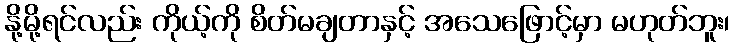
နို့မို့ရင်လည်း ကိုယ့်ကို စိတ်မချတာနှင့် အသေဖြောင့်မှာ မဟုတ်ဘူး၊